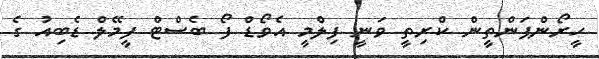
ހީރޯންޕަންތީން ކްރިތީ ވަނީ ފިލްމީ އެވޯޑް ފޯ ބެސްޓް ފީމޭލް ޑެބިއު ގެ